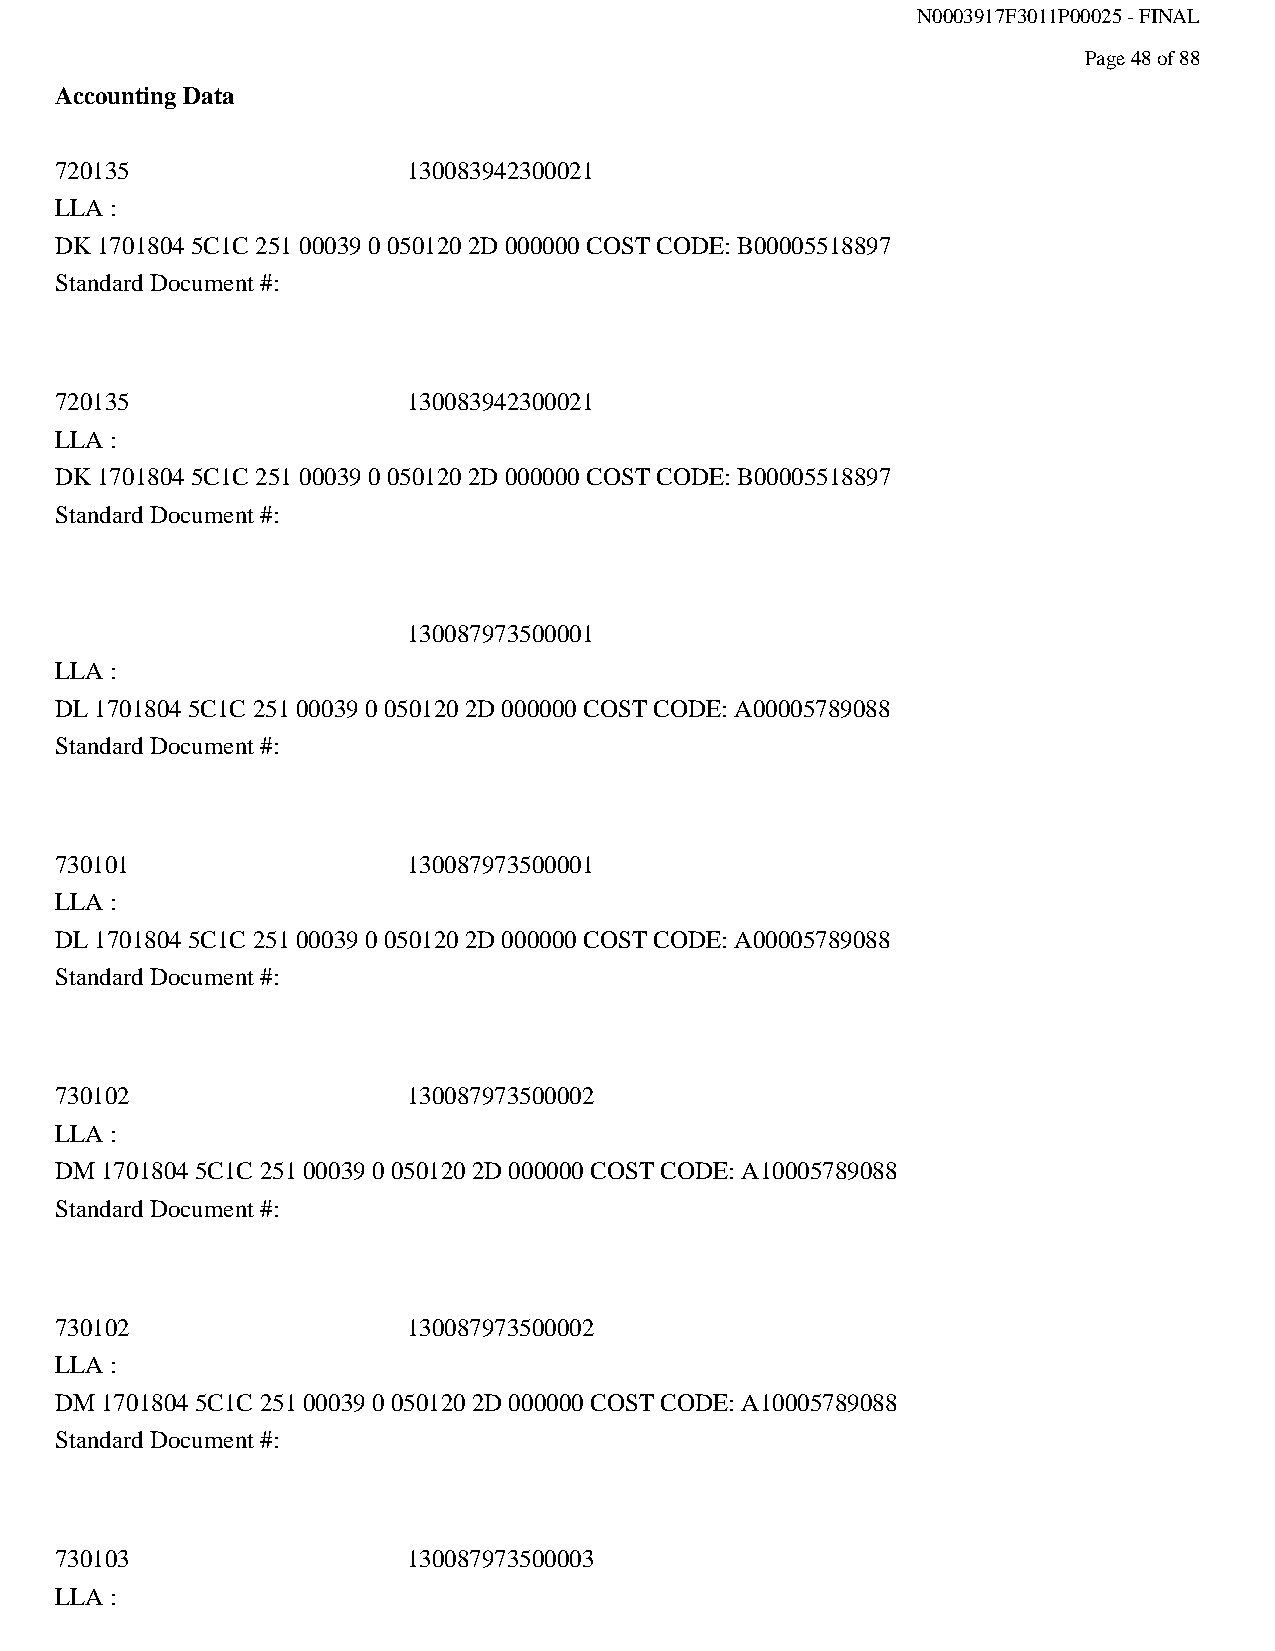
N0003917F3011P00025 - FINAL
 Page 48 of 88
 Accounting Data
 720135                 130083942300021
 LLA :
 DK 1701804 5C1C 251 00039 0 050120 2D 000000 COST CODE: B00005518897
 Standard Document #:
 720135                 130083942300021
 LLA :
 DK 1701804 5C1C 251 00039 0 050120 2D 000000 COST CODE: B00005518897
 Standard Document #:
 130087973500001
 LLA :
 DL 1701804 5C1C 251 00039 0 050120 2D 000000 COST CODE: A00005789088
 Standard Document #:
 730101                 130087973500001
 LLA :
 DL 1701804 5C1C 251 00039 0 050120 2D 000000 COST CODE: A00005789088
 Standard Document #:
 730102                 130087973500002
 LLA :
 DM 1701804 5C1C 251 00039 0 050120 2D 000000 COST CODE: A10005789088
 Standard Document #:
 730102                 130087973500002
 LLA :
 DM 1701804 5C1C 251 00039 0 050120 2D 000000 COST CODE: A10005789088
 Standard Document #:
 730103                 130087973500003
 LLA :